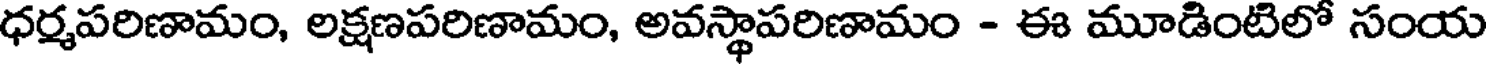
ధర్మపరిణామం, లక్షణపరిణామం, అవస్థాపరిణామం - ఈ మూడింటిలో సంయ